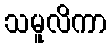
သမူလိကာ